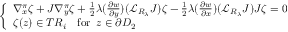
\left\{ \begin{array} { l l } { \nabla _ { x } ^ { \pi } \zeta + J \nabla _ { y } ^ { \pi } \zeta + \frac { 1 } { 2 } \lambda ( \frac { \partial w } { \partial y } ) ( { \mathcal L } _ { R _ { \lambda } } J ) \zeta - \frac { 1 } { 2 } \lambda ( \frac { \partial w } { \partial x } ) ( { \mathcal L } _ { R _ { \lambda } } J ) J \zeta = 0 } \\ { \zeta ( z ) \in T R _ { i } \quad \mathrm { f o r ~ } \, z \in \partial D _ { 2 } } \end{array} \right.